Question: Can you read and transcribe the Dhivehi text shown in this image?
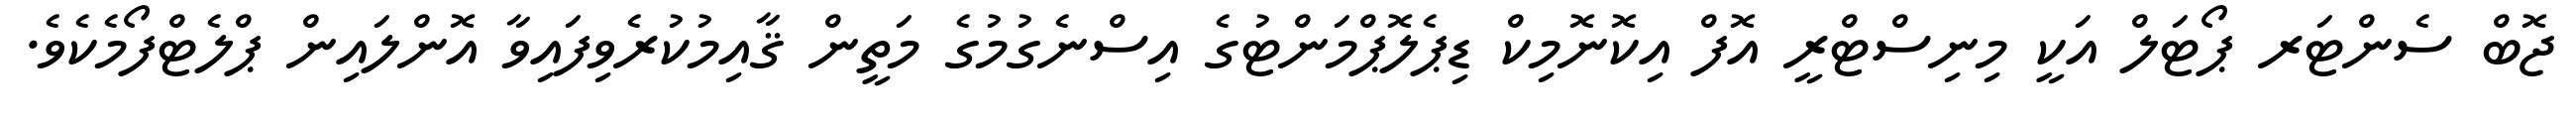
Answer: ޖޮބް ސެންޓަރ ޕޯޓަލް އަކީ މިނިސްޓްރީ އޮފް އިކޮނޮމިކް ޑިޕެލޮޕްމަންޓުގެ އިސްނެގުމުގެ މަތީން ޤާއިމުކުރެވިފައިވާ އޮންލައިން ޕްލެޓްފޯމެކެވެ.